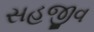
સહજીવ